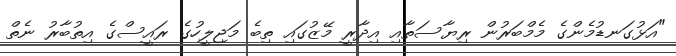
"އަޅުގަނޑުމެންގެ މެމްބަރުން ރިޔާސަތާއި އިދާރީ މޭޒުގައި ތިބެ މަޖިލީހުގެ ރައީސްގެ އިތުބާރު ނެތް